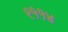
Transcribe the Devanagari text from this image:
९११४